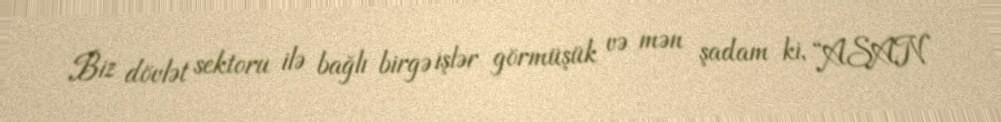
Biz dövlət sektoru ilə bağlı birgə işlər görmüşük və mən şadam ki, “ASAN